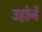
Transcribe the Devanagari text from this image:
उहोनें